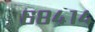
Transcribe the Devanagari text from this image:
६८४१४